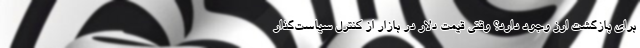
برای بازگشت ارز وجود دارد؟ وقتی قیمت دلار در بازار از کنترل سیاست‌گذار